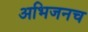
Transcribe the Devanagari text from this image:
अभिजनच